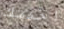
اخدمك